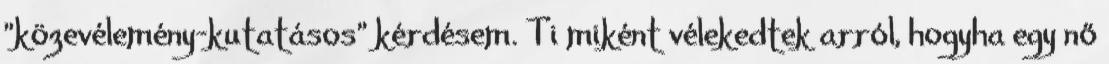
"közevélemény-kutatásos" kérdésem. Ti miként vélekedtek arról, hogyha egy nő